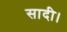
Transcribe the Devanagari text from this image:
सादी।